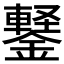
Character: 𬬆